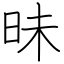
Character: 昧